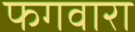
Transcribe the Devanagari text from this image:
फगवारा